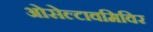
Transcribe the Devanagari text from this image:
ओसेल्टावमिविर